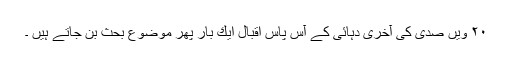
۲۰ ویں صدی كی آخری دہائی كے آس پاس اقبال ایك بار پھر موضوع ِبحث بن جاتے ہیں ۔